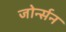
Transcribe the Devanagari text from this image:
जोर्न्सन